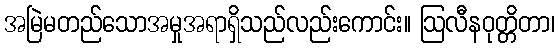
အမြဲမတည်သောအမှုအရာရှိသည်လည်းကောင်း။ ဩလီနဝုတ္တိတာ၊